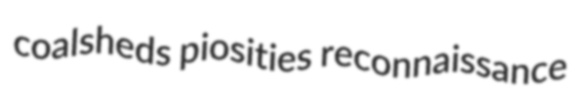
coalsheds piosities reconnaissance